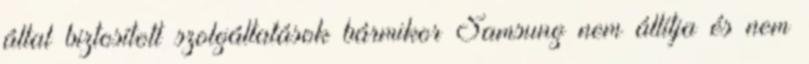
által biztosított szolgáltatások bármikor Samsung nem állítja és nem